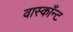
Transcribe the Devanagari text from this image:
वास्काँन्ट